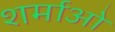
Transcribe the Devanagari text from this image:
शर्माओ